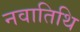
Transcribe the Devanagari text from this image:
नवातिथि